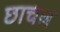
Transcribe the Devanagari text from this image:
छाचल